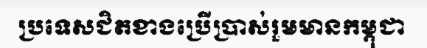
ប្រទេសជិតខាងប្រើប្រាស់រួមមានកម្ពុជា